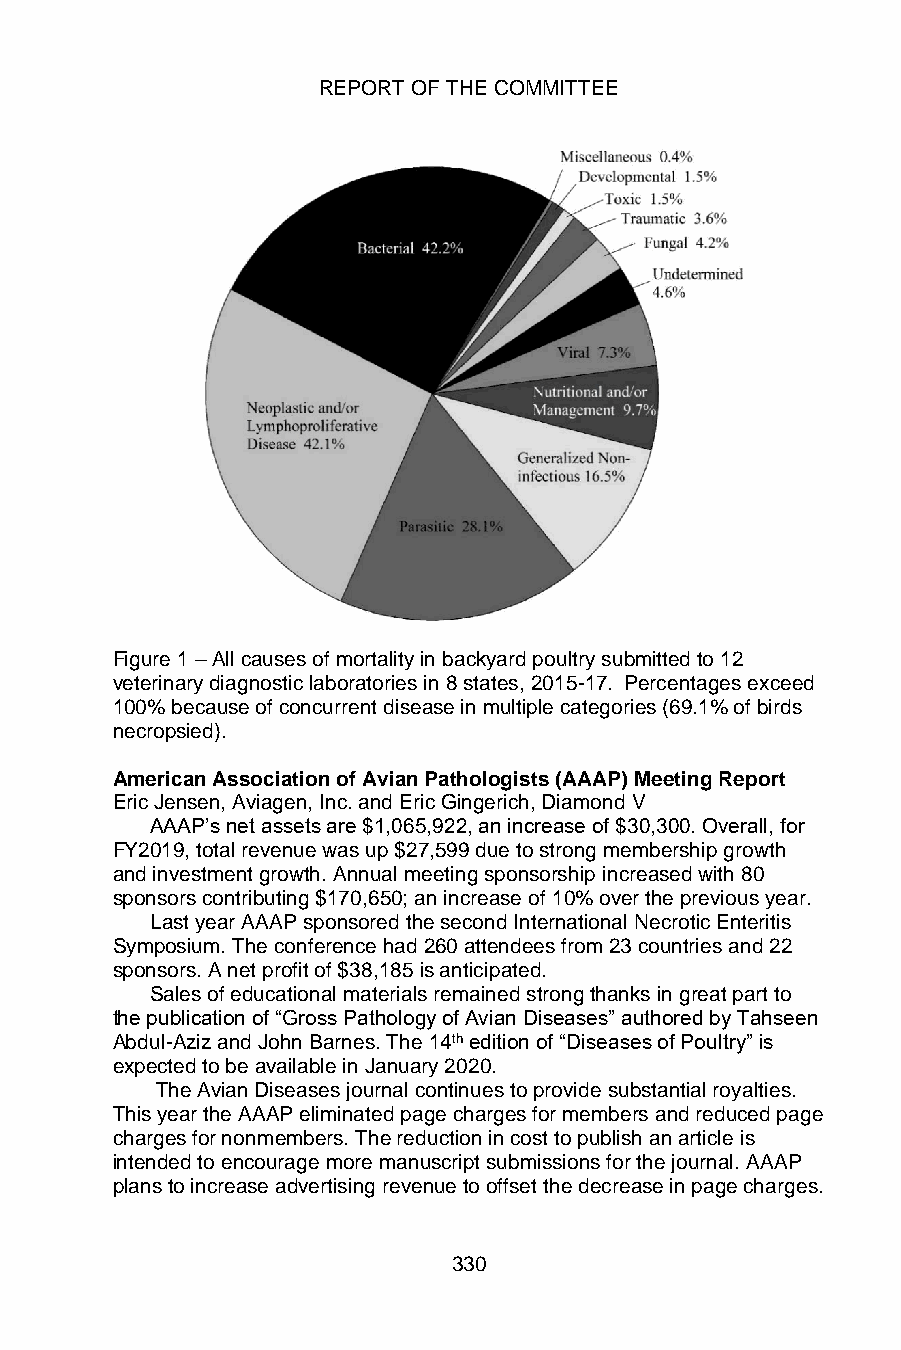
REPORT OF THE COMMITTEE
 Figure 1 – All causes of mortality in backyard poultry submitted to 12
 veterinary diagnostic laboratories in 8 states, 2015-17. Percentages exceed
 100% because of concurrent disease in multiple categories (69.1% of birds
 necropsied).
 American Association of Avian Pathologists (AAAP) Meeting Report
 Eric Jensen, Aviagen, Inc. and Eric Gingerich, Diamond V
 AAAP’s net assets are $1,065,922, an increase of $30,300. Overall, for
 FY2019, total revenue was up $27,599 due to strong membership growth
 and investment growth. Annual meeting sponsorship increased with 80
 sponsors contributing $170,650; an increase of 10% over the previous year.
 Last year AAAP sponsored the second International Necrotic Enteritis
 Symposium. The conference had 260 attendees from 23 countries and 22
 sponsors. A net profit of $38,185 is anticipated.
 Sales of educational materials remained strong thanks in great part to
 the publication of “Gross Pathology of Avian Diseases” authored by Tahseen
 Abdul-Aziz and John Barnes. The 14th edition of “Diseases of Poultry” is
 expected to be available in January 2020.
 The Avian Diseases journal continues to provide substantial royalties.
 This year the AAAP eliminated page charges for members and reduced page
 charges for nonmembers. The reduction in cost to publish an article is
 intended to encourage more manuscript submissions for the journal. AAAP
 plans to increase advertising revenue to offset the decrease in page charges.
 330